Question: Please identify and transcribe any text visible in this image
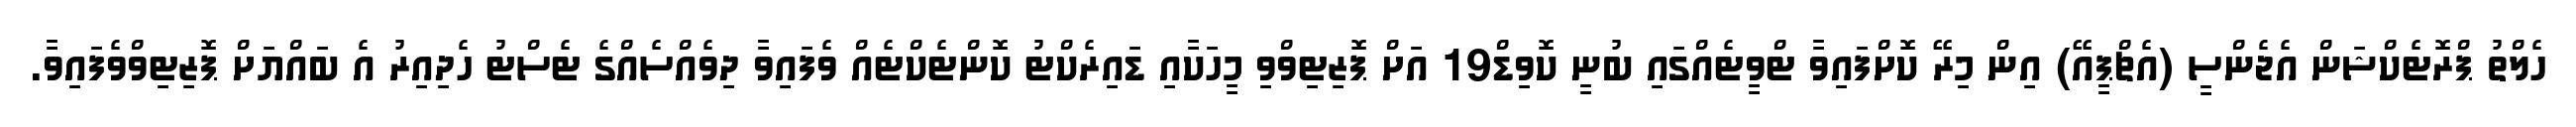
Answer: ހެލްތު ޕްރޮޓެކްޝަން އެޖެންސީ (އެޗްޕީއޭ) އިން މިރޭ ކޮށްފައިވާ ޓްވީޓެއްގައި ބުނީ ކޮވިޑް19 އަށް ޕޮޒިޓިވްވި މީހަކާއި ޑައިރެކްޓު ކޮންޓެކްޓެއް ވެފައިވާ ދިވެއްސެއްގެ ޓެސްޓު ހެދިއިރު އެ ބައްޔަށް ޕޮޒިޓިވްވެފައިވާ.